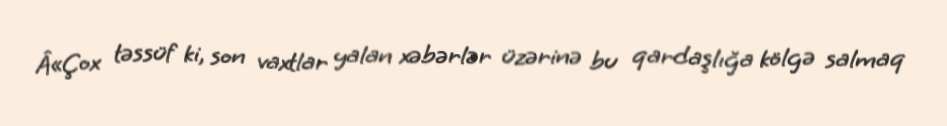
Â«Çox təssüf ki, son vaxtlar yalan xəbərlər üzərinə bu qardaşlığa kölgə salmaq